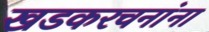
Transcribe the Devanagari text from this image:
खडकरचनांना